Leaving Certificate, 1901
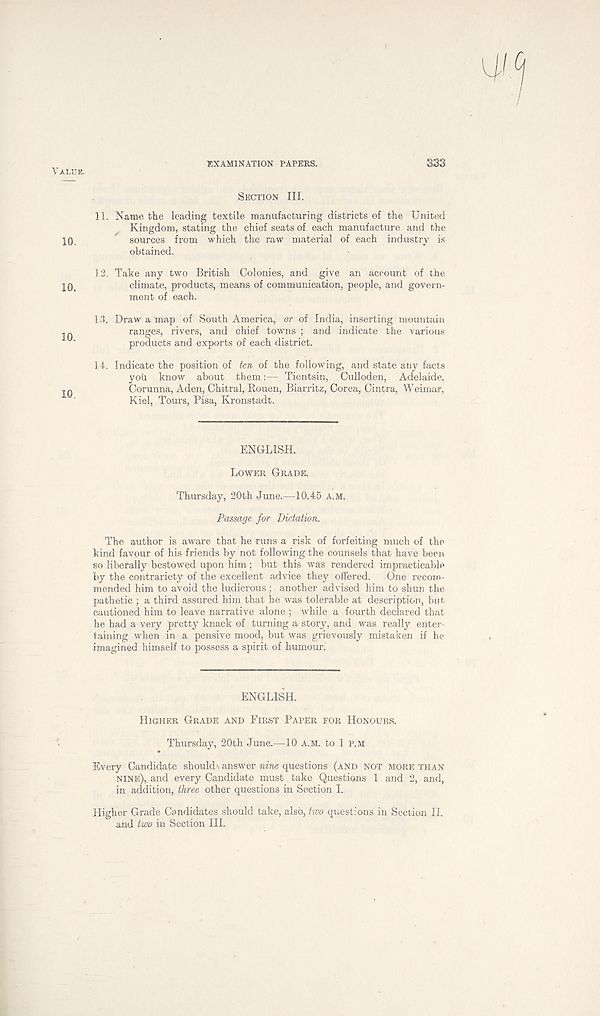
VALUE.
10.
10.
10.
10.
EXAMINATION PAPERS.
333
SECTION III.
11. Name the leading textile manufacturing districts of the United
Kingdom, stating the chief seats of each manufacture and the
sources from which the raw material of each industry is
obtained.
12. Take any two British Colonies, and give an account of the
climate, products, means of communication, people, and govern-
ment of each.
13. Draw a map of South America, or of India, inserting mountain
ranges, rivers, and chief towns ; and indicate the various
products and exports of each district.
14. Indicate the position of ten of the following, and state any facts
you know about them:— Tientsin, Culloden, Adelaide,
Corunna, Aden, Chitral, Rouen, Biarritz, Corea, Cintra, Weimar,
Kiel, Tours, Pisa, Kronstadt.
ENGLISH.
LOWER GRADE.
Thursday, 20th June.—10.45 A.M.
Passage for Dictation.
The author is aware that he runs a risk of forfeiting much of the
kind favour of his friends by not following the counsels that have been
so liberally bestowed upon him ; but this was rendered impracticable
by the contrariety of the excellent advice they offered.
One recom-
mended him to avoid the ludicrous; another advised him to shun the
pathetic ; a third assured him that he was tolerable at description, but
cautioned him to leave narrative alone ; while a fourth declared that
he had a very pretty knack of turning a story, and was really enter-
taining when in a pensive mood, but was grievously mistaken if he
imagined himself to possess a spirit of humour.
ENGLISH.
HIGHER GRADE AND FIRST PAPER FOR HONOURS.
Thursday, 20th June.—10 A.M. to 1 P.M
Every Candidate should answer nine questions (AND NOT MORE THAN
NINE), and every Candidate must take Questions 1 and 2, and,
in addition, three other questions in Section I.
Higher Grade Candidates should take, also, two questions in Section II.
and two in Section III.